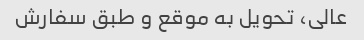
عالی، تحویل به موقع و طبق سفارش